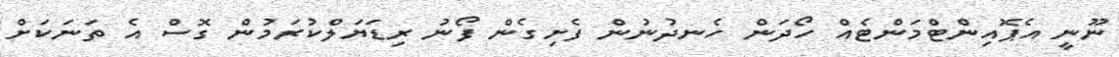
ނޫނީ އެޕޮއިންޓްމަންޓެއް ހޯދަން ހެނދުނުން ފެށިގެން ފޯނު ރިޑަޔަލްކުރަމުން ގޮސް އެ ތަނަކަށް